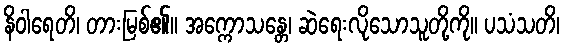
နိဝါရေတိ၊ တားမြစ်၏။ အက္ကောသန္တေ၊ ဆဲရေးလိုသောသူတို့ကို။ ပသံသတိ၊